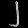
Digit: ၂